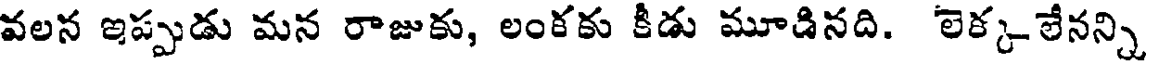
వలన ఇప్పుడు మన రాజుకు, లంకకు కీడు మూడినది. లెక్కలేనన్ని